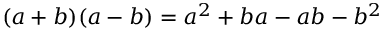
( a + b ) ( a - b ) = a ^ { 2 } + b a - a b - b ^ { 2 }